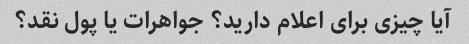
آیا چیزی برای اعلام دارید؟ جواهرات یا پول نقد؟